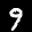
Label: 9